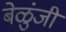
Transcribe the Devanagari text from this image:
बेळुंजी